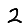
Digit: 2